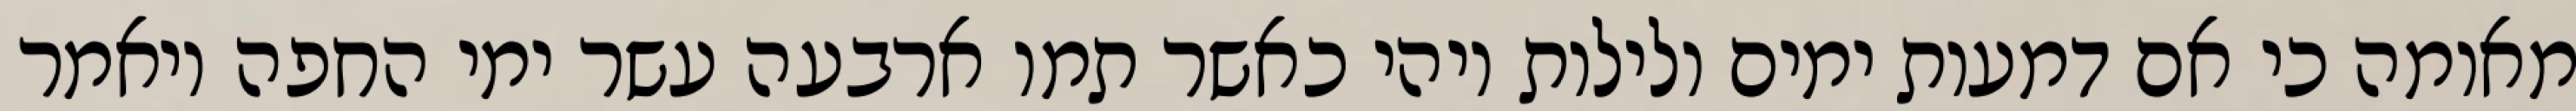
מאומה כי אם דמעות ימים ולילות ויהי כאשר תמו ארבעה עשר ימי החפה ויאמר